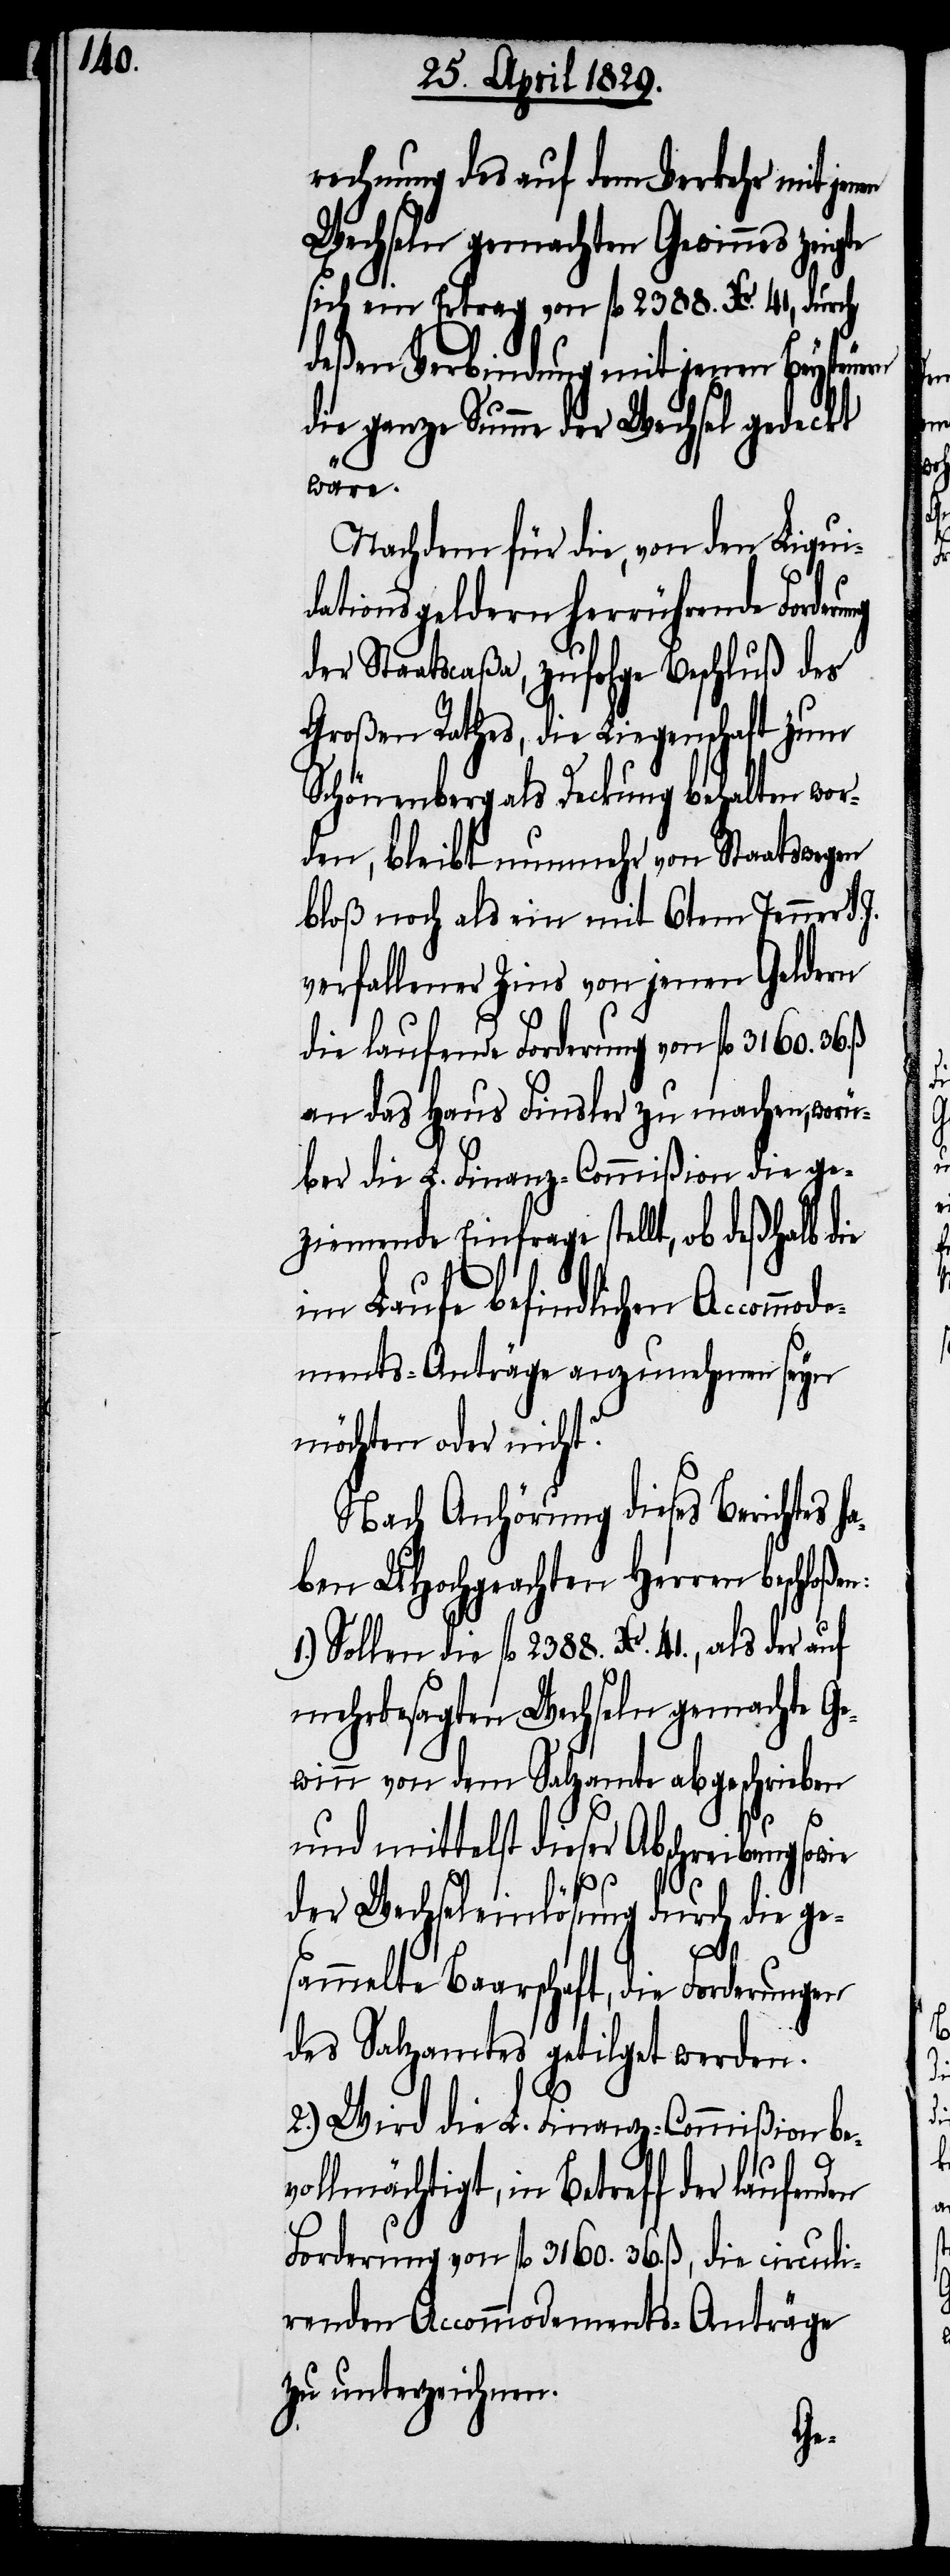
rechnung des auf dem Verkehr mit jen¬
Wechseln gemachten Gewinnes
sich ein Ertrag von fl. 2388. Xr. 41, durch
deßen Verbindung mit jenen Beysteu¬
die ganze Summe der Wechsel gedeckte
wäre.
Nachdem für die, von den Liqui¬
dationsgeldern herrührende Forder¬
der Staatscaßa, zufolge Beschluß des
Großen Rathes, die Liegenschaft zum
Schönenberg als Deckung behalten wor¬
den, bleibt nunmehr von Staatswegen
bloß noch als ein mit 6tem Jenner d.
verfallener Zins von jenen Geldern
die laufende Forderung von fl. 3160. 36.
an das Haus Finsler zu machen, worü¬
ber die L. Finanz-Commißion die ge¬
ziemende Einfrage stellt, ob deßhalb d¬
im Laufe befindlichen Accomm¬
ments-Anträge anzunehmen seyn
möchten oder nicht?
Nach Anhörung dieses Berichtes
haben UHochgeachten Herren
1.) Sollen die fl. 2388. Xr. 41., als der auf
mehrbesagten Wechseln gemachte Ge¬
winn von dem Salzamte abgeschrieben
und mittelst dieser Abschreibung
der Wechseleinlösung durch die ge¬
den
sammelte Baarschaft, die Forderungen
des Salzamtes getilgt werden.
2.) Wird die L. Finanz-Commißion be¬
ie
vollmächtigt, in Betreff der laufen¬
Forderung von fl. 3160. 36. ß, die circuli¬
renden Accommodements-Anträge
zu unterzeichnen.
ern